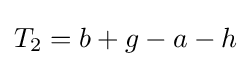
T_{2}=b+g-a-h